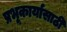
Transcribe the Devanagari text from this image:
प्रभूकार्यासाठी